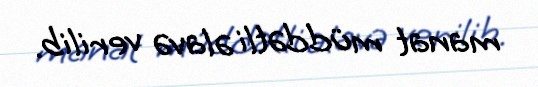
manat müddətli əlavə verilib.